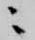
ニ